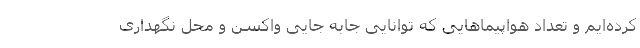
کرده‌ایم و تعداد هواپیماهایی که توانایی جابه جایی واکسن و محل نگهداری